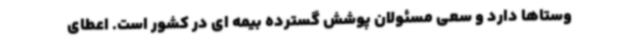
وستاها دارد و سعی مسئولان پوشش گسترده بیمه ای در کشور است. اعطای